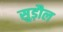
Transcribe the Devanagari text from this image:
सुड़ौल